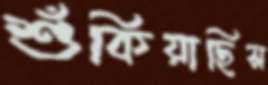
শুঁকিয়াছিস